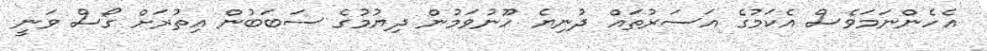
އެހެންނަމަވެސް އެކަމުގެ އަސަރުތައް ދުނިޔެ ހޫނުވަމުން ދިޔުމުގެ ސަބަބުން އިތުރަށް ގޯސް ވަނީ